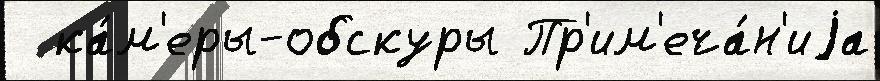
  ка́м'еры-обскуры Пр'им'еча́н'иjа